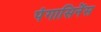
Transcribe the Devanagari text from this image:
पंगासिनेंस